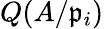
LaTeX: Q(A/{\mathfrak{p}}_{i})